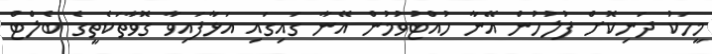
މީހަކު ދަނިކޮށް ފުލުހުން އޭނާ ހުއްޓުވުމުން އޭނާ ގައިގައި އަޅާފައިވާ ގޮވާތަކެތީގެ ބެލްޓް